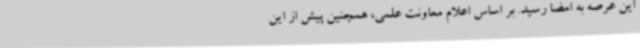
این عرصه به امضا رسید. بر اساس اعلام معاونت علمی، همچنین پیش از این